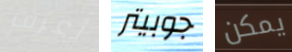
أعرف جوبيتر يمكن